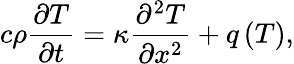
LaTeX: c\rho\frac{{\partial T}}{{\partial t}}=\kappa\frac{{{\partial^{2}}T}}{{\partial{x^{2}}}}+q\left(T\right),